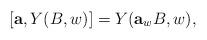
LaTeX: \begin{align*}[{\bf a},Y(B,w)]=Y({\bf a}_{w}B,w),\end{align*}